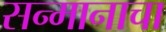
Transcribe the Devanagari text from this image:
सन्मानाचा